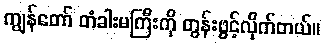
ကျွန်တော် တံခါးမကြီးကို တွန်းဖွင့်လိုက်တယ်။